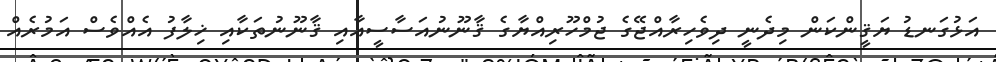
އަޅުގަނޑު ޔަޤީންކަން މިދެނީ ދިވެހިރާއްޖޭގެ ޖުމްހޫރިއްޔާގެ ޤާނޫނުއަސާސީއާއި ޤާނޫނުތަކާއި ޚިލާފު އެއްވެސް އަމުރެއް